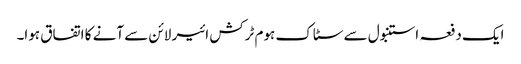
ایک دفعہ استنبول سے سٹاک ہوم ٹرکش ائیر لائن سے آنے کا اتفاق ہوا۔